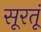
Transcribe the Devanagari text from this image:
सूरतूं